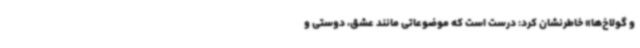
و گولاخ‌ها» خاطرنشان کرد: درست است که موضوعاتی مانند عشق، دوستی و